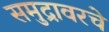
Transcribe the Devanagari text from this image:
समुद्रावरचे